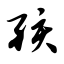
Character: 孩